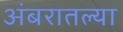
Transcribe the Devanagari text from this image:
अंबरातल्या